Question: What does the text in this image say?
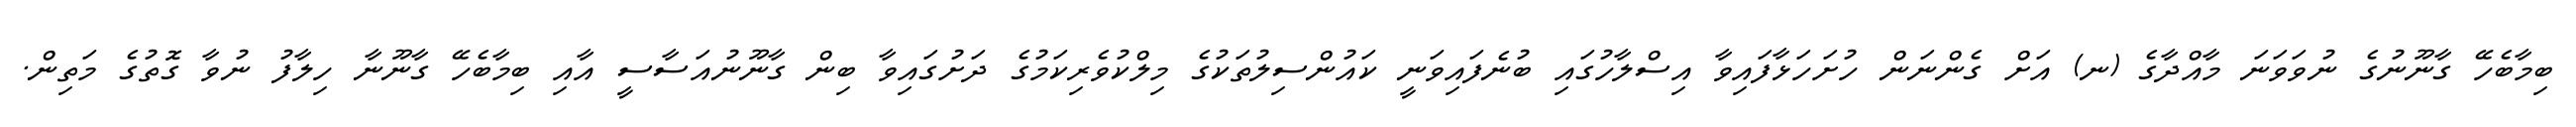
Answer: ބިމާބެހޭ ގާނޫނުގެ ނުވަވަނަ މާއްދާގެ (ނ) އަށް ގެންނަން ހުށަހަޅާފައިވާ އިސްލާހުގައި ބުނެފައިވަނީ ކައުންސިލުތަކުގެ މިލްކުވެރިކަމުގެ ދަށުގައިވާ ބިން ގާނޫނުއަސާސީ އާއި ބިމާބެހޭ ގާނޫނާ ހިލާފު ނުވާ ގޮތުގެ މަތިން.